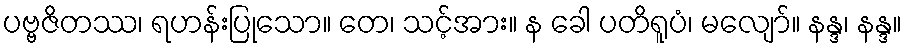
ပဗ္ဗဇိတဿ၊ ရဟန်းပြုသော။ တေ၊ သင့်အား။ န ခေါ ပတိရူပံ၊ မလျော်။ နန္ဒ၊ နန္ဒ။